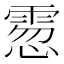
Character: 䨚